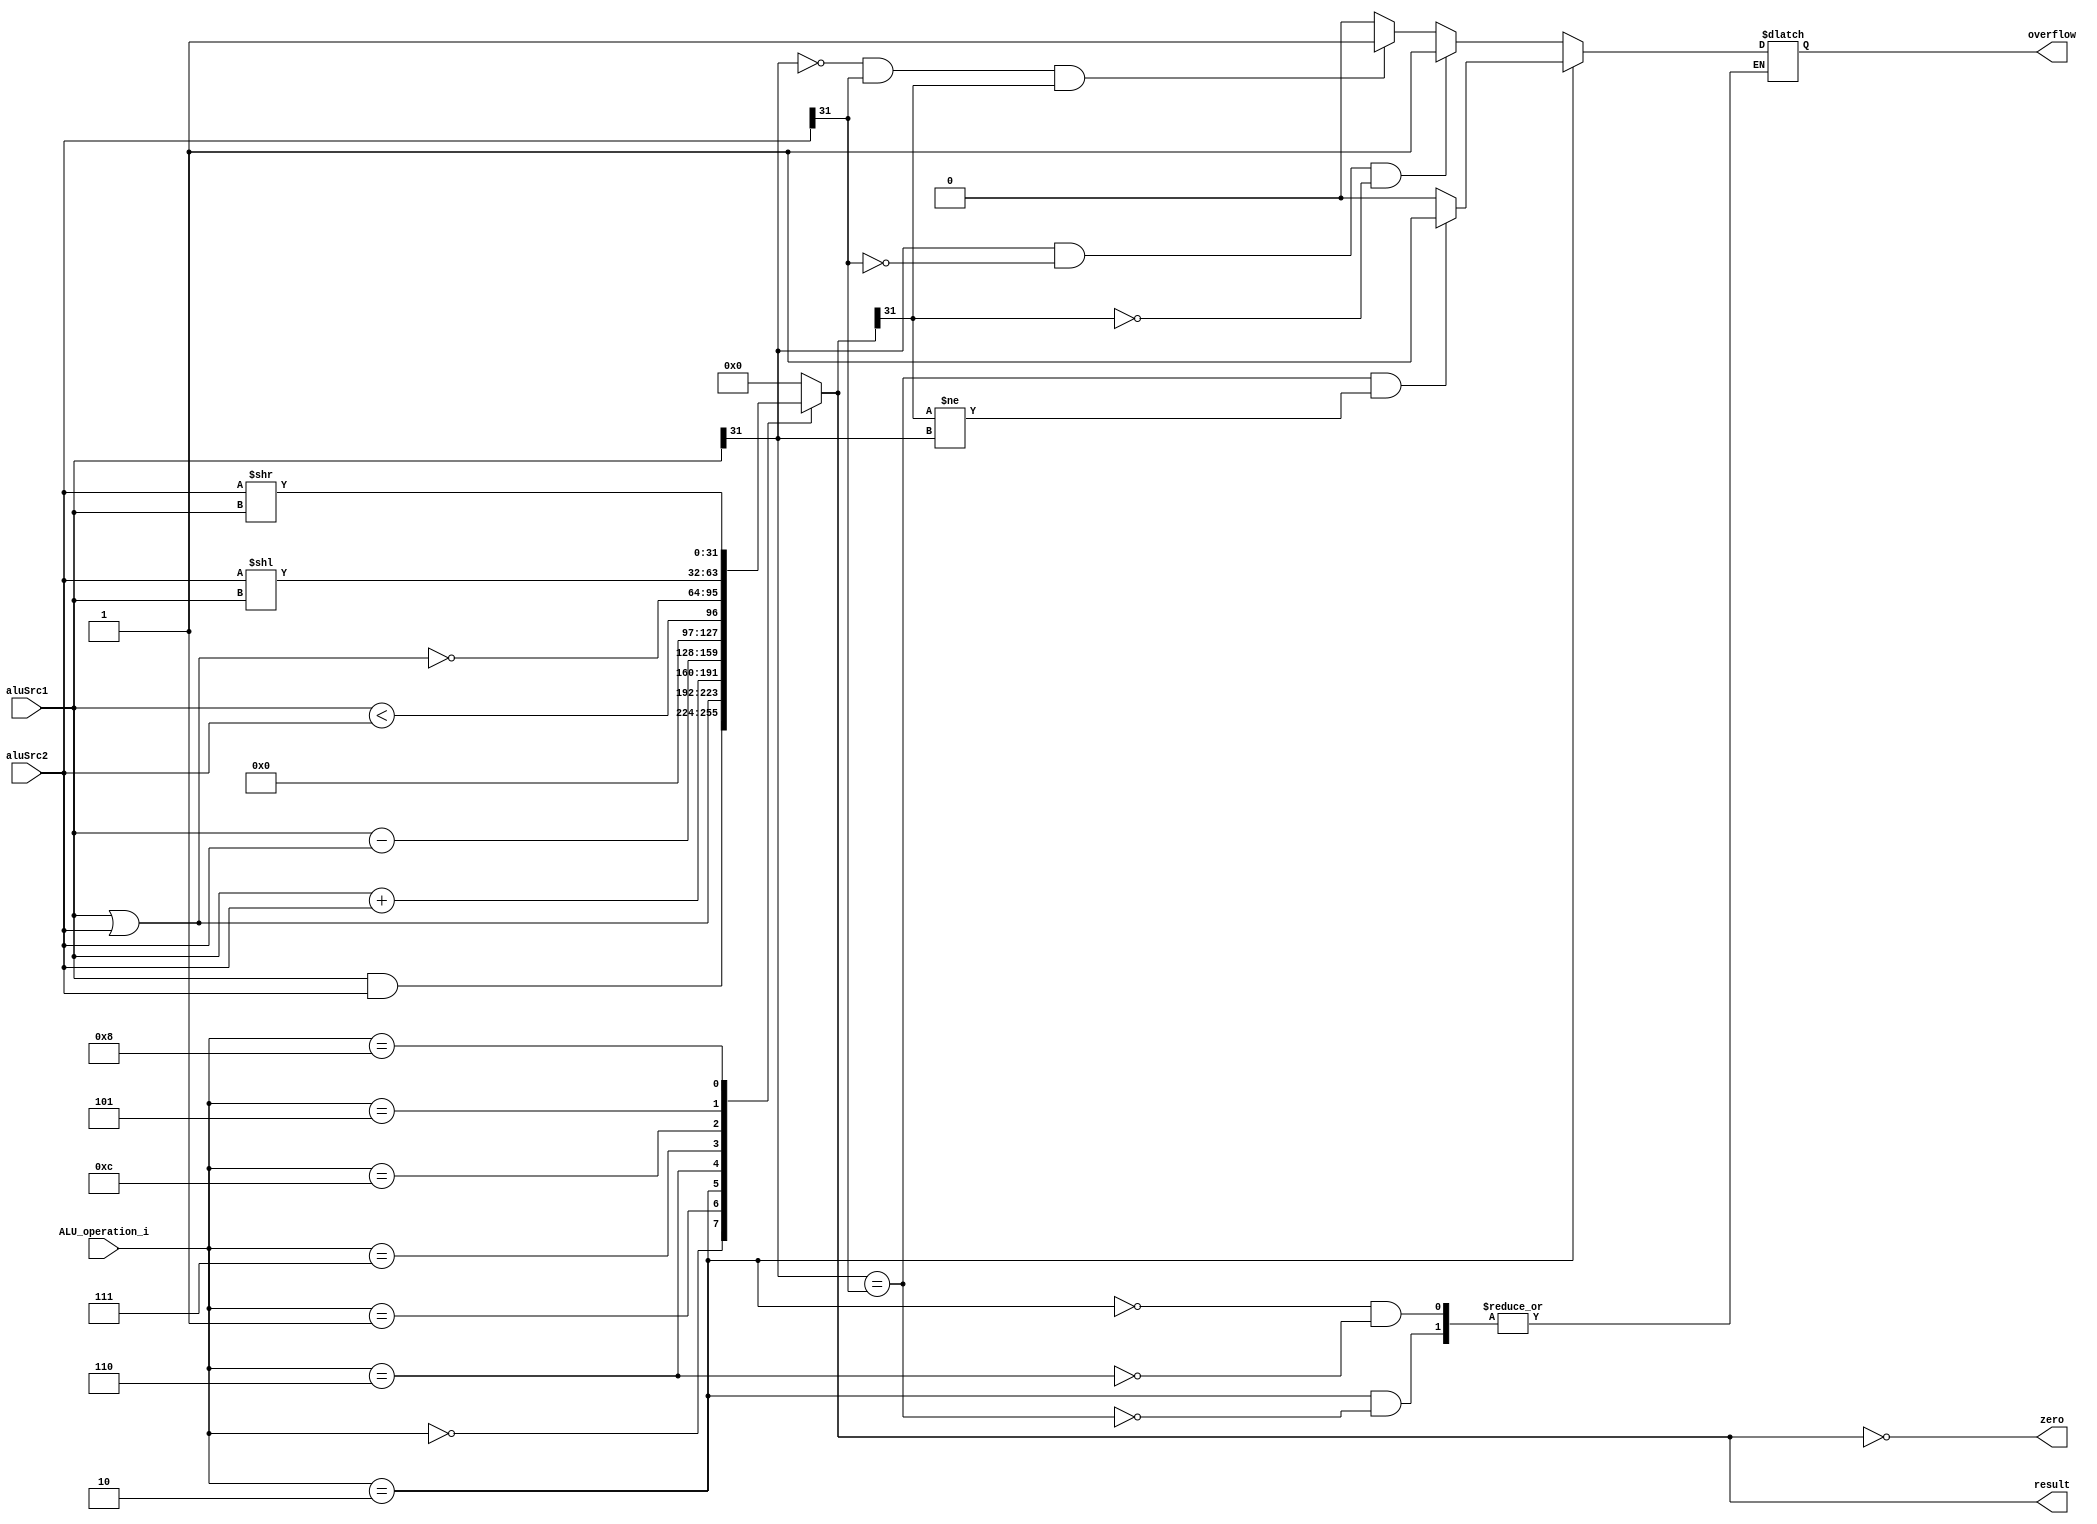
module ALU( aluSrc1, aluSrc2, ALU_operation_i, result, zero, overflow );

//I/O ports 
input	[32-1:0] aluSrc1;
input	[32-1:0] aluSrc2;
input	 [4-1:0] ALU_operation_i;

output	[32-1:0] result;
output			 zero;
output			 overflow;

//Internal Signals
wire			 zero;
wire			 overflow;
wire	[32-1:0] result;

//Main function
reg		[32-1:0] ALU_out;
reg				 ALU_overflow;

assign zero = (result==0);
assign result = ALU_out;
assign overflow = ALU_overflow;

always @(ALU_operation_i, aluSrc1, aluSrc2) begin
	case (ALU_operation_i)
		4'b0000: ALU_out <= aluSrc1 & aluSrc2; // AND
		4'b0001: ALU_out <= aluSrc1 | aluSrc2; // OR
		4'b0010: ALU_out <= aluSrc1 + aluSrc2; // ADD
		4'b0110: ALU_out <= aluSrc1 - aluSrc2; // SUB
		4'b0111: ALU_out <= $signed(aluSrc1) < $signed(aluSrc2); // SLT
		4'b1100: ALU_out <= ~(aluSrc1 | aluSrc2 ); // NOR
		4'b0101: ALU_out <= aluSrc2<<aluSrc1; // SLLV
		4'b1000: ALU_out <= aluSrc2>>aluSrc1; // SRLV
		default: ALU_out <= 0; 
	endcase
end

always @(ALU_operation_i, aluSrc1, aluSrc2) begin
	if (ALU_operation_i==4'b0010) begin // ADD
		if (aluSrc1[31]==aluSrc2[31])
		ALU_overflow <= ((aluSrc1[31]==aluSrc2[31]) && (ALU_out[31]!=aluSrc1[31])) ? 1'b1 : 1'b0;
	end
	else if (ALU_operation_i==4'b0110) begin // SUB
		if (aluSrc1[31] && !aluSrc2[31] && !ALU_out[31]) begin
			ALU_overflow <= 1'b1;
		end else if (!aluSrc1[31] && aluSrc2[31] && ALU_out[31]) begin
			ALU_overflow <= 1'b1;
		end else begin
			ALU_overflow <= 1'b0;
		end
	end
end

endmodule